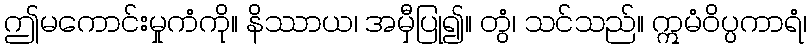
ဤမကောင်းမှုကံကို။ နိဿာယ၊ အမှီပြု၍။ တွံ၊ သင်သည်။ ဣမံဝိပ္ပကာရံ၊